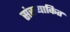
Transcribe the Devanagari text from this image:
संख्याकित